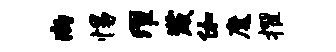
尚惕濯崴伽魔擢